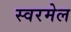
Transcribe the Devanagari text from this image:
स्वरमेल